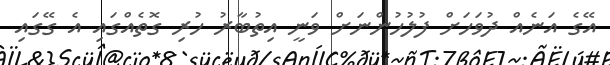
އޭގެ އަނެއް ދުވަހަށް ފުލުހުންނަށް ވަނީ އިތުބާރު ހުރި ގޮތެއްގައި އެ ގޭގައި